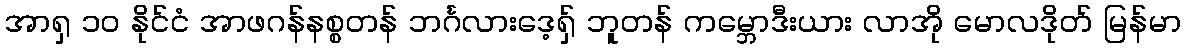
အာရှ ၁၀ နိုင်ငံ အာဖဂန်နစ္စတန် ဘင်္ဂလားဒေ့ရှ် ဘူတန် ကမ္ဘောဒီးယား လာအို မောလဒိုတ် မြန်မာ